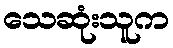
သေဆုံးသူက